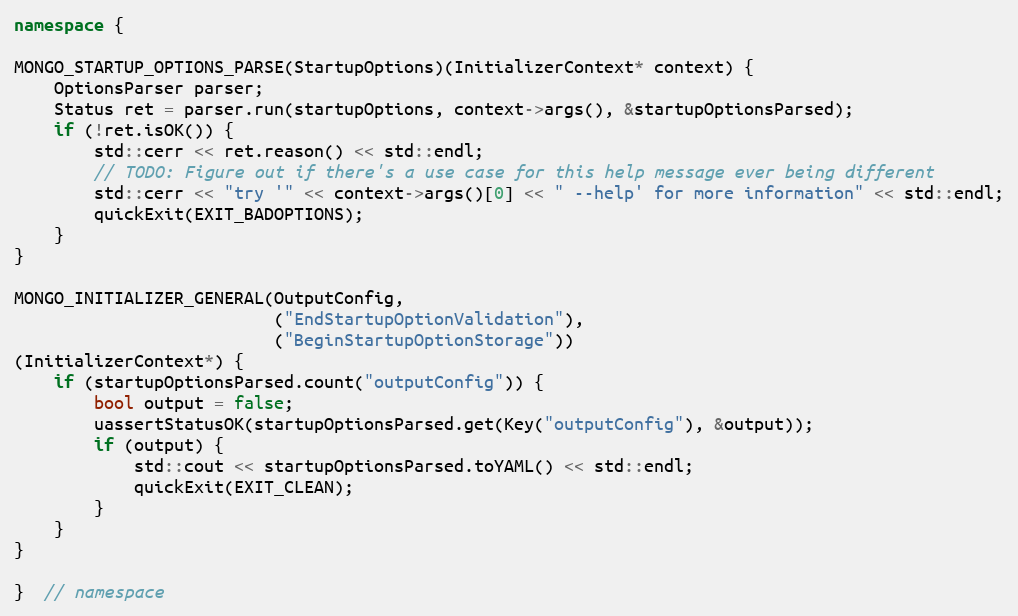
Language: C++
namespace {

MONGO_STARTUP_OPTIONS_PARSE(StartupOptions)(InitializerContext* context) {
    OptionsParser parser;
    Status ret = parser.run(startupOptions, context->args(), &startupOptionsParsed);
    if (!ret.isOK()) {
        std::cerr << ret.reason() << std::endl;
        // TODO: Figure out if there's a use case for this help message ever being different
        std::cerr << "try '" << context->args()[0] << " --help' for more information" << std::endl;
        quickExit(EXIT_BADOPTIONS);
    }
}

MONGO_INITIALIZER_GENERAL(OutputConfig,
                          ("EndStartupOptionValidation"),
                          ("BeginStartupOptionStorage"))
(InitializerContext*) {
    if (startupOptionsParsed.count("outputConfig")) {
        bool output = false;
        uassertStatusOK(startupOptionsParsed.get(Key("outputConfig"), &output));
        if (output) {
            std::cout << startupOptionsParsed.toYAML() << std::endl;
            quickExit(EXIT_CLEAN);
        }
    }
}

}  // namespace